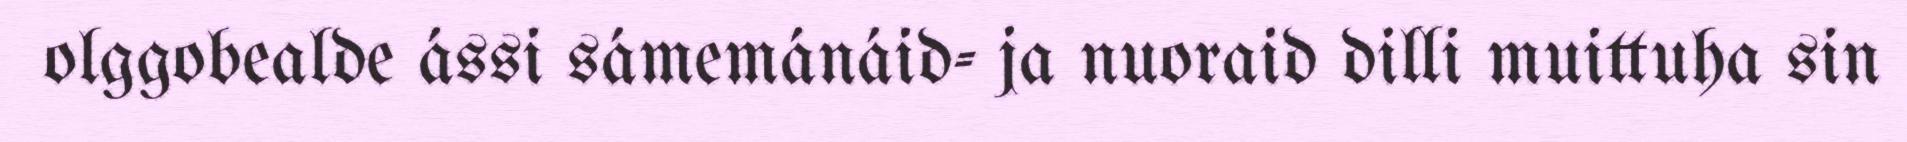
olggobealde ássi sámemánáid- ja nuoraid dilli muittuha sin